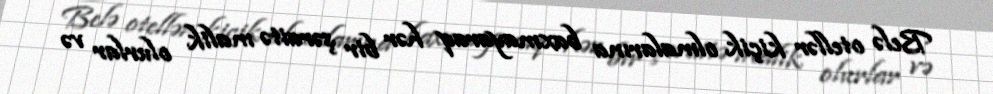
Belə otellər kiçik olmalarına baxmayaraq hər bir şəraitə malik olurlar və